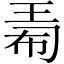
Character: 𪻟